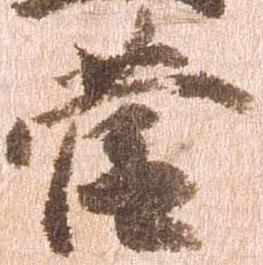
菅